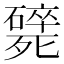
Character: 𣩸